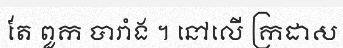
តែ ពួក បារាំង ។ នៅលើ ក្រដាស